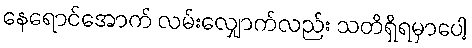
နေရောင်အောက် လမ်းလျှောက်လည်း သတိရှိရမှာပေါ့